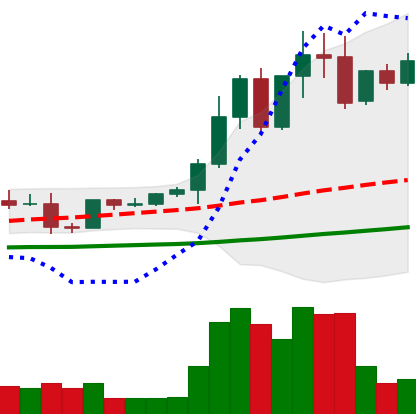
Ticker: EOS-USD
Chart end date: 2021-04-10
Forward return: 19.402%
Label: up_7plus